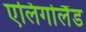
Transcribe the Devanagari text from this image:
एलिगोलैंड